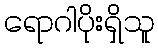
ရောဂါပိုးရှိသူ